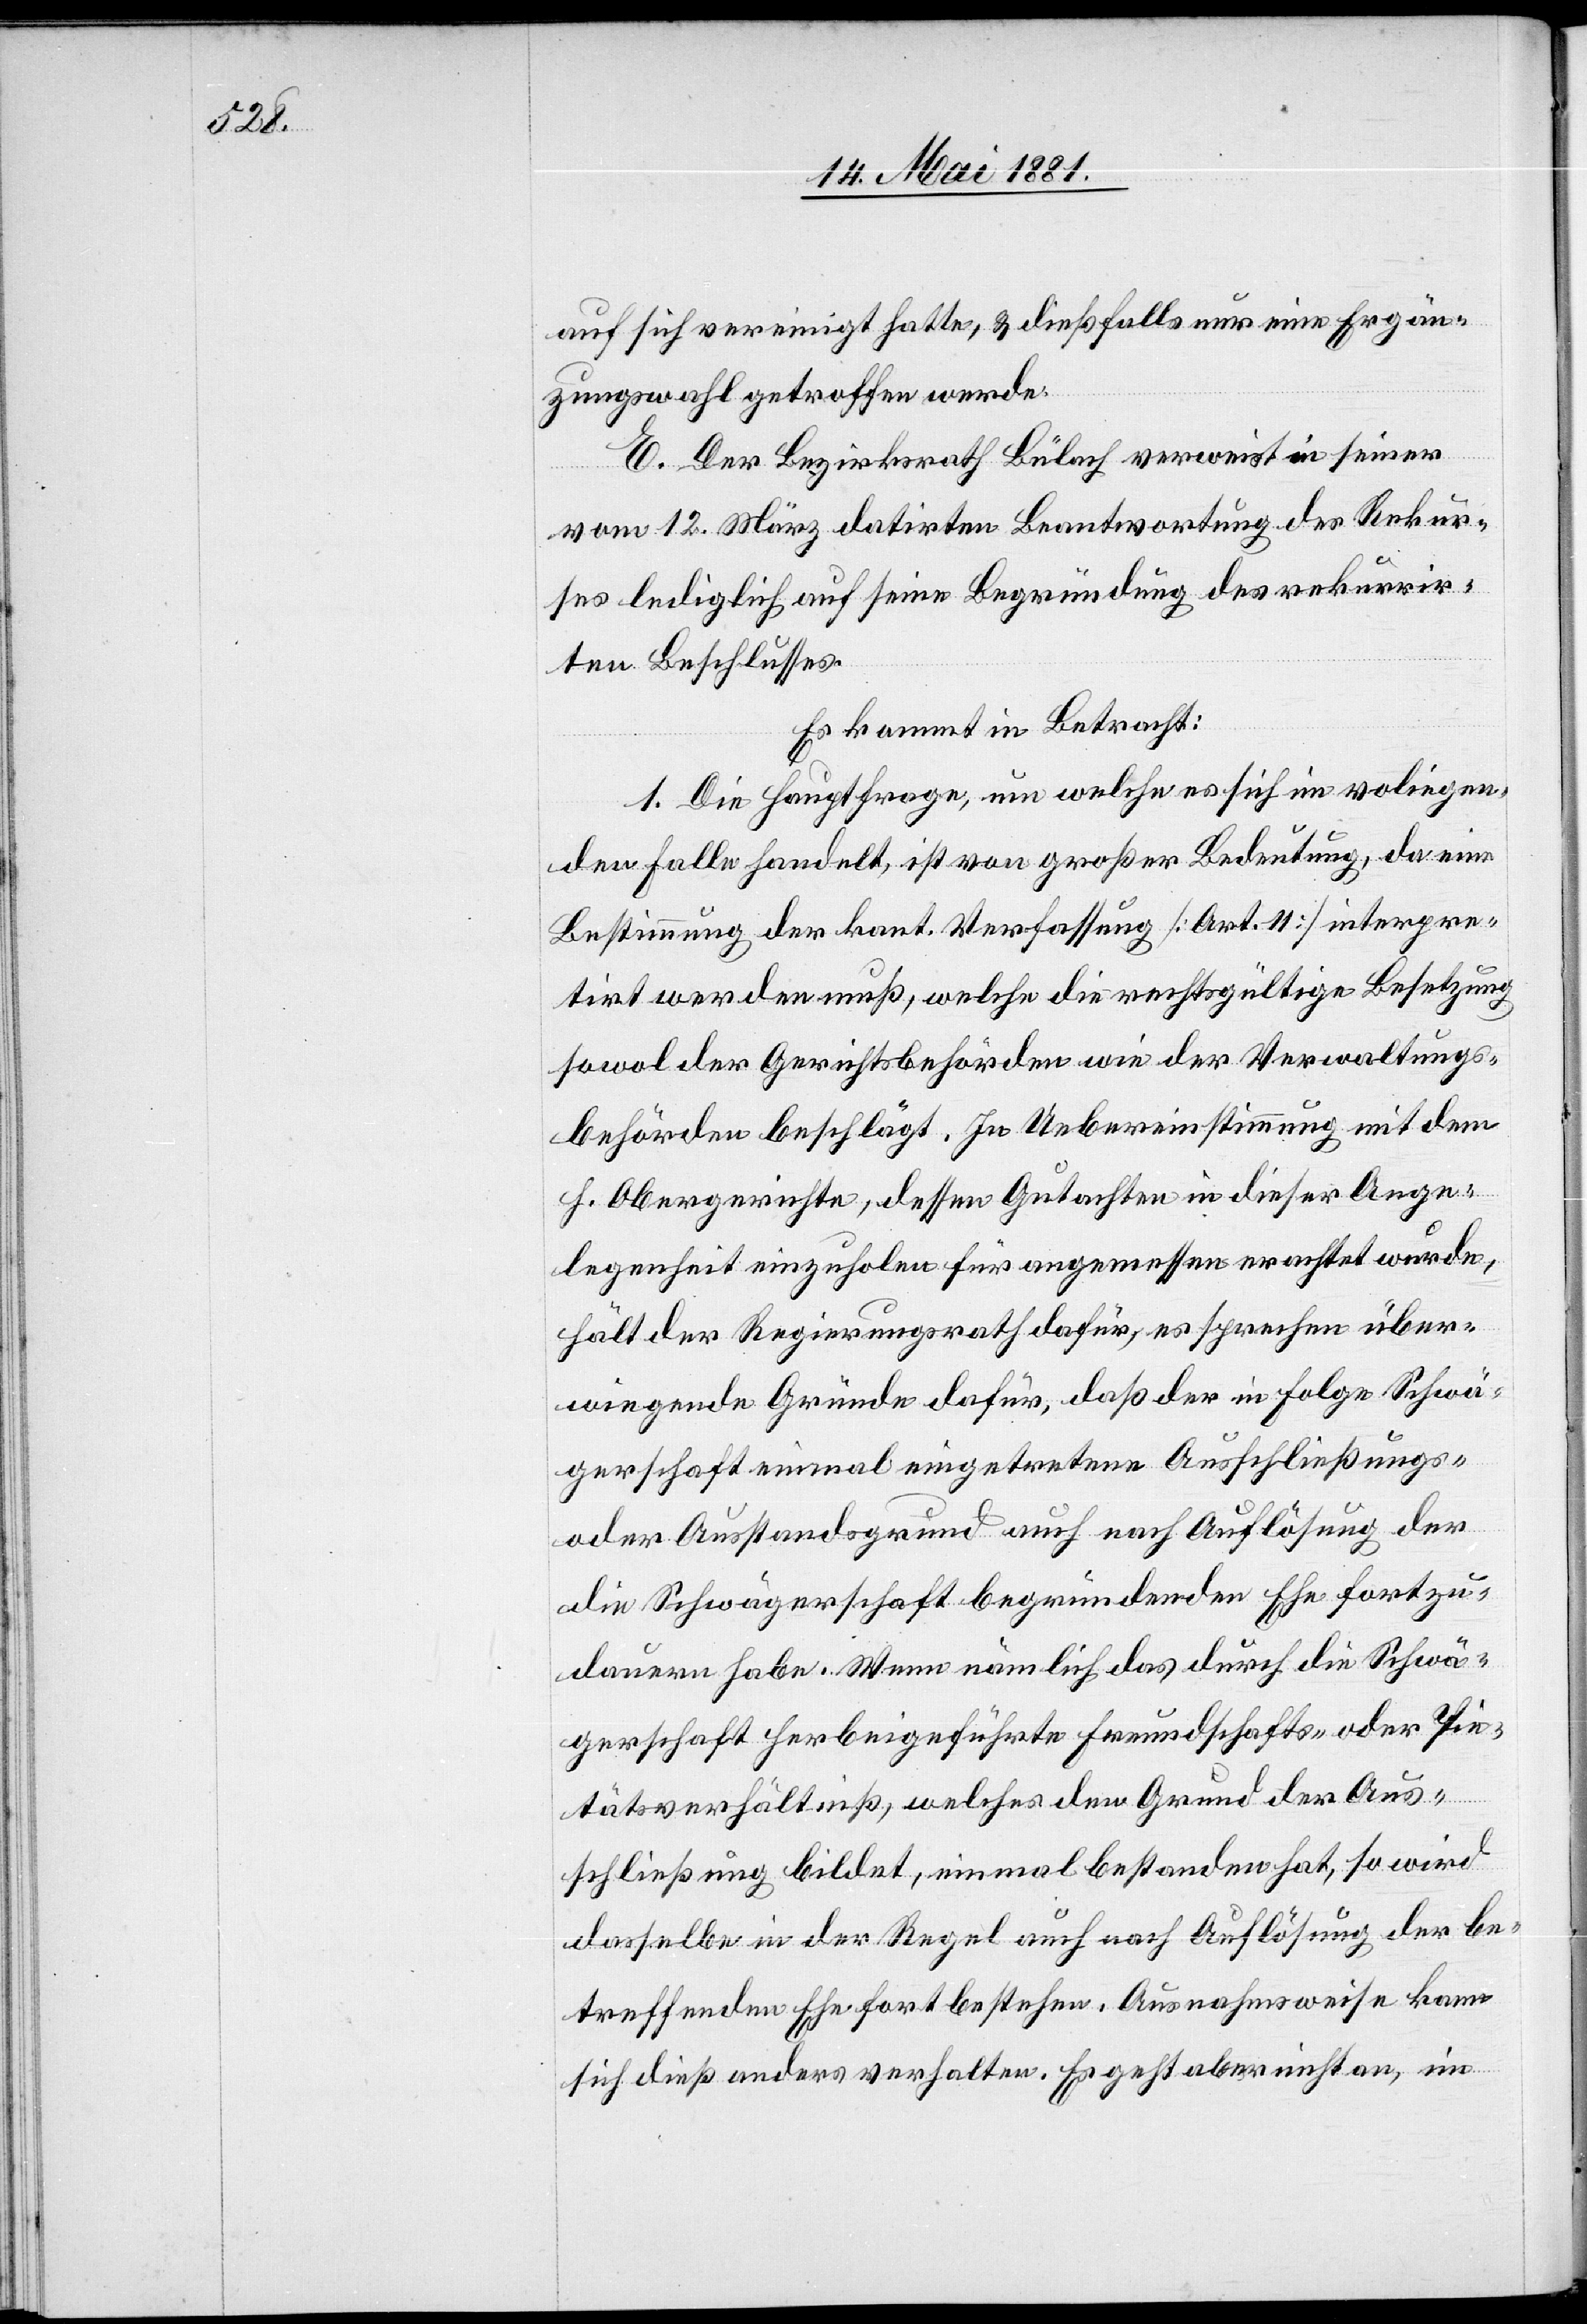
auf sich vereinigt hatte, & dießfalls nur eine Ergän¬
zungswahl getroffen werde.
E. Der Bezirksrath Bülach verweist in seiner
vom 12. März datirten Beantwortung des Rekur¬
ses lediglich auf seine Begründung des rekurrir¬
ten Beschlusses.
Es kommt in Betracht:
1. Die Hauptfrage, um welche es sich im voliegenden
Falle handelt, ist von großer Bedeutung, da eine
Bestimmung der kant. Verfassung [Art. 11] interpre¬
tirt werden muß, welche die rechtsgültige Besetzung
sowol der Gerichtsbehörden wie der Verwaltungs¬
behörden beschlägt. In Uebereinstimmung mit dem
h. Obergerichte, dessen Gutachten in dieser Ange¬
legenheit einzuholen für angemessen erachtet wurde,
hält der Regierungsrath dafür, es sprechen über¬
wiegende Gründe dafür, daß der in Folge Schwä¬
gerschaft einmal eingetretene Ausschließungs-
oder Ausstandsgrund auch nach Auflösung der
die Schwägerschaft begründenden Ehe fortzu¬
dauern habe. Wenn nämlich das durch die Schwä¬
gerschaft herbeigeführte Freundschafts- oder Pie¬
tätsverhältniß, welches den Grund der Aus¬
schließung bildet, einmal bestanden hat, so wird
dasselbe in der Regel auch nach Auflösung der be¬
treffenden Ehe fortbestehen. Ausnahmsweise kann
sich dieß anders verhalten. Es geht aber nicht an, im